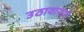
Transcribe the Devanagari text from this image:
उठावामागे